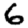
Digit: 6